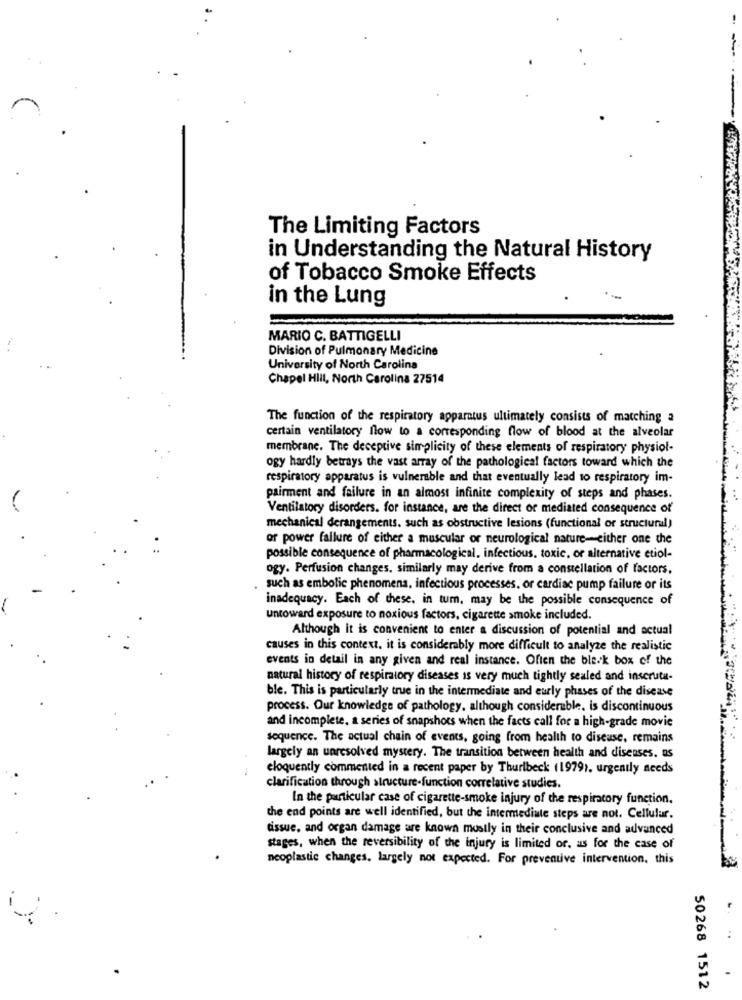
The Limiting Factors
in Understanding the Natural History
of Tobacco Smoke Effects
in the Lung
MARIO C. BATTIGELLI
Division of Pulmonary Medicine
University of North Carolina
Chapel Hill, North Carolina 27514
The function of the respiratory apparatus ultimately consists of matching a
certain ventilatory flow to a corresponding flow of blood at the alveolar
membrane. The deceptive simplicity of these elements of respiratory physiol-
ogy hardly betrays the vast array of the pathological factors toward which the
respiratory apparatus is vulnerable and that eventually lead to respiratory im-
pairment and failure in an almost infinite complexity of steps and phases.
Ventilatory disorders. for instance, are the direct or mediated consequence of
mechanical derangements. such as obstructive lesions (functional or structural)
or power failure of either a muscular or neurological nature-either one the
possible consequence of pharmacological. infectious, toxic, or alternative etiol-
ogy. Perfusion changes, similarly may derive from a constellation of factors,
such as embolic phenomena, infectious processes, or cardiac pump failure or its
inadequacy. Each of these, in turn, may be the possible consequence of
untoward exposure to noxious factors, cigarette smoke included.
Although it is convenient to enter a discussion of potential and actual
causes in this context, it is considerably more difficult to analyze the realistic
events in detail in any given and real instance. Often the ble.k box of the
natural history of respiratory diseases is very much tightly sealed and inscruta-
ble. This is particularly true in the intermediate and eurly phases of the disease
process. Our knowledge of pathology. although considerable, is discontinuous
and incomplete, a series of snapshots when the facts call for a high-grade movie
sequence. The actual chain of events, going from health to disease, remains
largely an unresolved mystery. The transition between health and diseases. as
eloquently commented in a recent paper by Thuribeck (1979), urgently needs
clarification through structure-function correlative studies.
In the particular case of cigarette-smoke injury of the respiratory function.
the end points are well identified, but the intermediate steps are not. Cellular.
tissue, and organ damage are known mostly in their conclusive and advanced
stages, when the reversibility of the injury is limited or, as for the case of
neoplastic changes. largely not expected. For preventive intervention, this
..
50268 1512